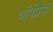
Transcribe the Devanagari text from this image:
थॉर्पप्रेमी